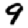
Digit: 9